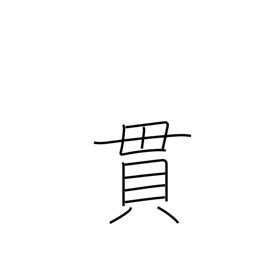
Meaning: brace